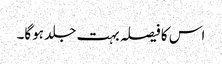
اس کا فیصلہ بہت جلد ہوگا۔